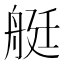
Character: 艇